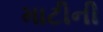
માટીની